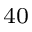
^ { 4 0 }